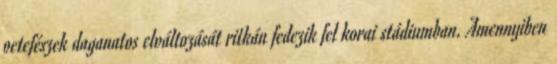
petefészek daganatos elváltozását ritkán fedezik fel korai stádiumban. Amennyiben